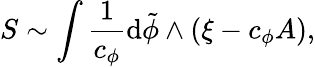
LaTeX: S\sim\int\frac{1}{c_{\phi}}\mathrm{d}\tilde{\phi}\wedge\left(\xi-c_{\phi}A\right),